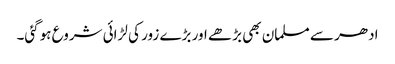
ادھر سے مسلمان بھی بڑھے اور بڑے زور کی لڑائی شروع ہوگئی۔